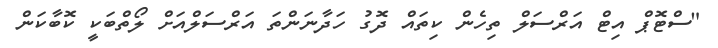
"ސްޓޮޕް އިޓް އަރްސަލް ތިހެން ކިތައް ދޮގު ހަދާނަންތަ އަރްސަލްއަށް ލޯތްބަކީ ކޮބާކަން